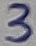
Text: 3